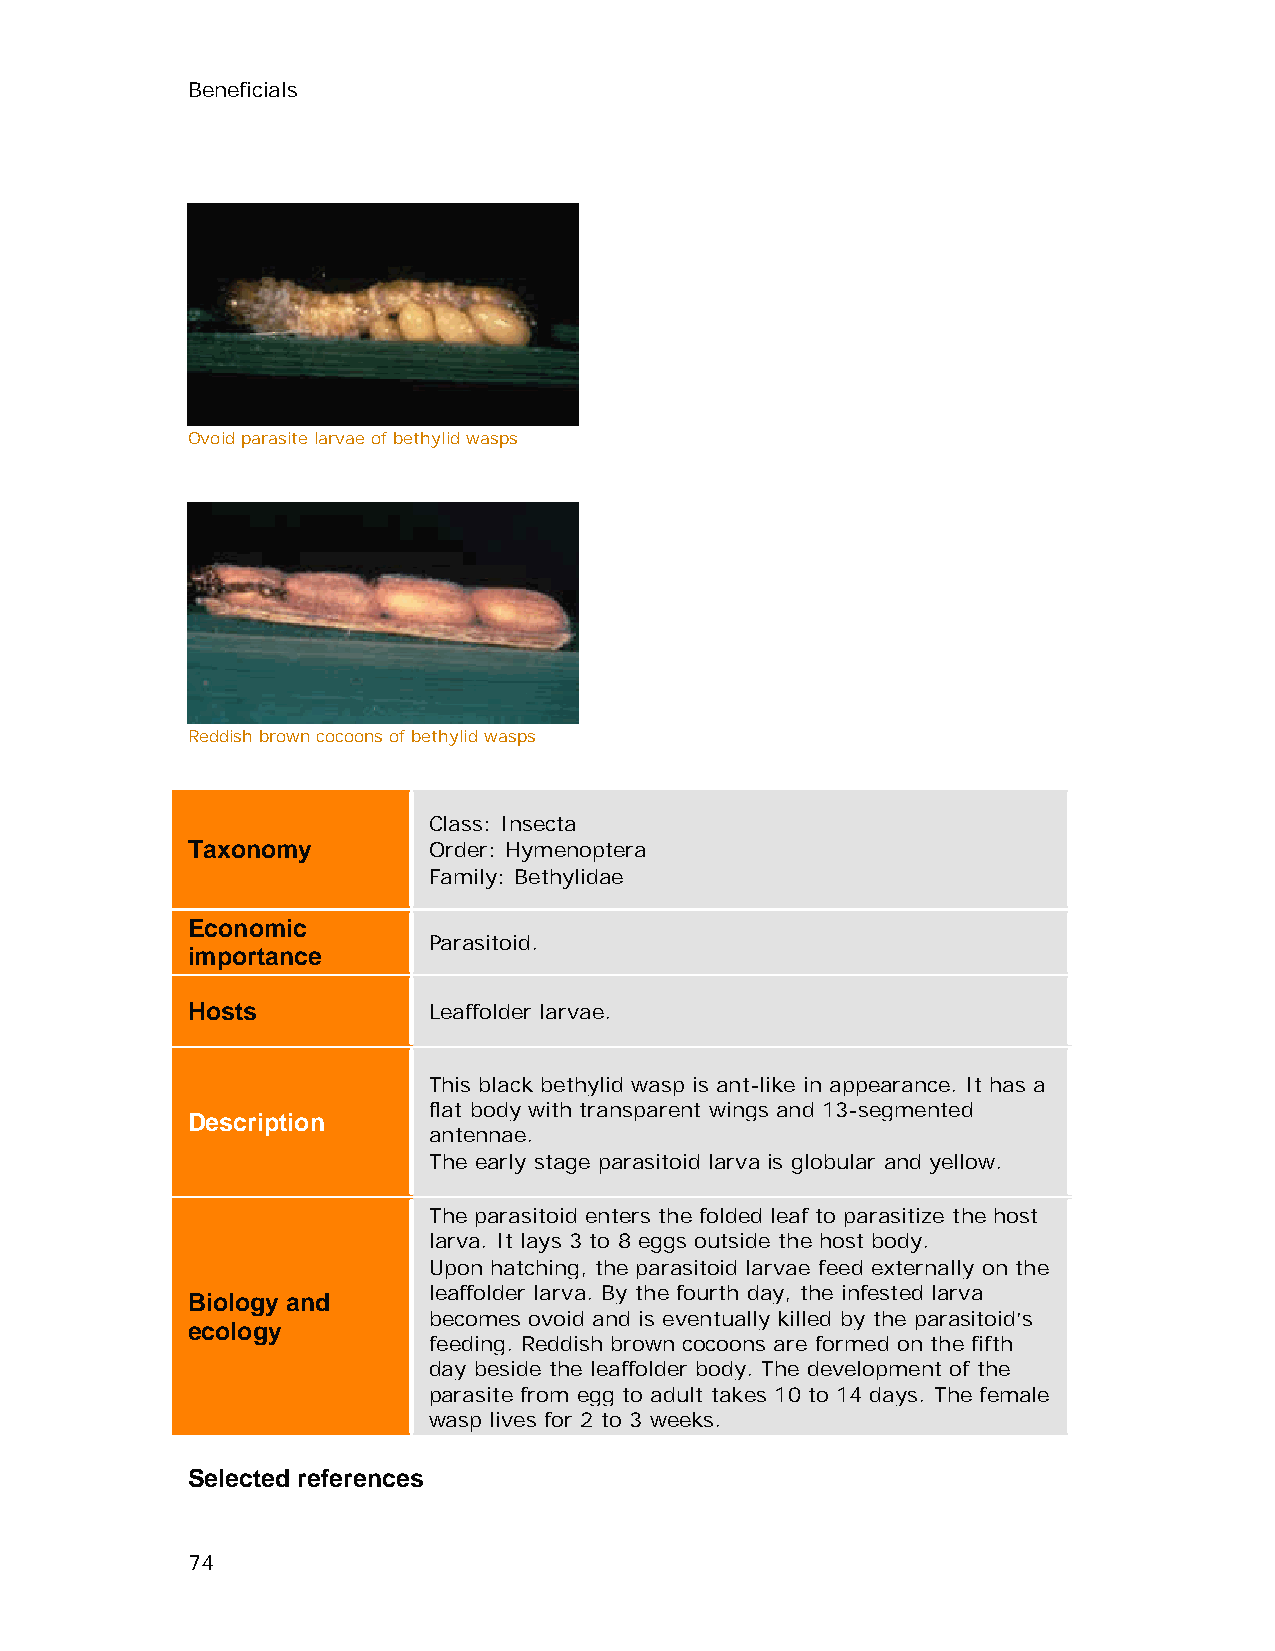
Beneficials
 Ovoid parasite larvae of bethylid wasps
 Reddish brown cocoons of bethylid wasps
 Class: Insecta
 Taxonomy        Order: Hymenoptera
 Family: Bethylidae
 Economic
 Parasitoid.
 importance
 Hosts           Leaffolder larvae.
 This black bethylid wasp is ant-like in appearance. It has a
 flat body with transparent wings and 13-segmented
 Description
 antennae.
 The early stage parasitoid larva is globular and yellow.
 The parasitoid enters the folded leaf to parasitize the host
 larva. It lays 3 to 8 eggs outside the host body.
 Upon hatching, the parasitoid larvae feed externally on the
 leaffolder larva. By the fourth day, the infested larva
 Biology and
 becomes ovoid and is eventually killed by the parasitoid’s
 ecology
 feeding. Reddish brown cocoons are formed on the fifth
 day beside the leaffolder body. The development of the
 parasite from egg to adult takes 10 to 14 days. The female
 wasp lives for 2 to 3 weeks.
 Selected references
 74